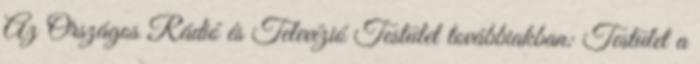
Az Országos Rádió és Televízió Testület továbbiakban: Testület a